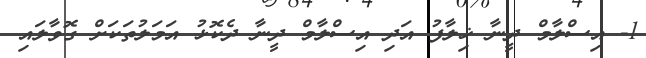
1- އިސްލާމް ދީނާ ޚިލާފު އަދި އިސްލާމް ދީނާ ދެކޮޅު އަމަލުތަކަށް ގޮވާލައި